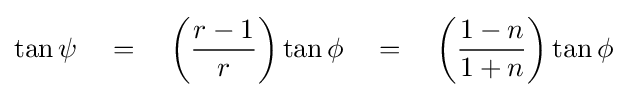
\tan \psi \quad =\quad \left({\frac {r-1}{r}}\right)\tan \phi \quad =\quad \left({\frac {1-n}{1+n}}\right)\tan \phi